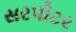
સરપીટર